Alphabetical list of drugs, medicines and other preparations free from, and containing, spirit compiled from the results of tests made by the customs houses at Calcutta, Bombay, and Madras
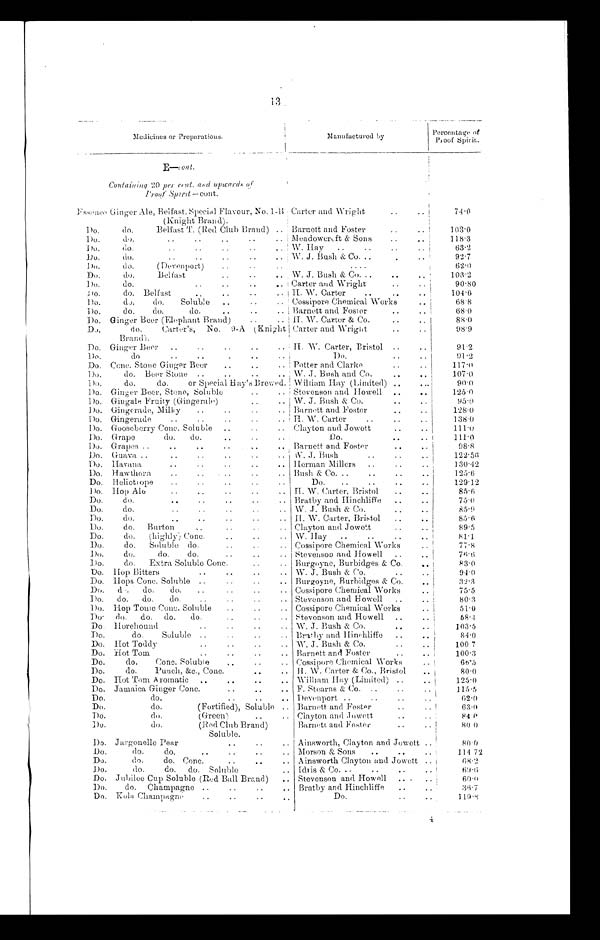
13
Medicines or Preparations.
Manufactured by
Percentage of
Proof Spirit.
E—cont.
Containing 20 per cent. and upwards o
f Proof Spirit— c o n t .
Essence Ginger Ale, Belfast, Special Flavour, No. 1-
B (Knight Brand).
Carter and Wright
..
..
74.0
Do.
do.
Belfast T. (Red Club Brand) .. Barnett and Foster
..
103.0
Do.
do.
..
..
..
..
.. Meadowereft & Sons
..
118.3
Do.
do.
..
..
..
..
.. W. Hay
..
..
..
63.2
Do.
do.
..
..
..
..
.. W. J. Bush & Co. ..
.
..
92.7
Do.
do.
(Devenport)
..
..
....
62.0
Do.
do.
Belfast
..
..
. . W. J. Bush & Co. ..
. . . .
103.2
Do.
do.
..
..
..
. . Carter and Wright
..
90.80
Do.
do. Belfast
..
..
.. H. W. Carter
..
..
104.6
Do.
do.
do.
Soluble
..
. .
. . Cossipore Chemical Works
68.8
Do.
do.
do.
do.
..
..
.. Barnett and Foster
..
68.0
Do. Ginger Beer (Elephant Brand)
.. H. W. Carter & Co.
..
.. I
88.0
Do.
do.
Carter's, No. 9-A (Knight
Brand).
Carter and Wright
..
..
98.9
Do. Ginger Beer
..
..
..
..
.. H. W. Carter, Bristol ..
91.2
Do .
do
..
..
.
..
Do.
..
. .
91.2
Do. C o n c . S t o n e G i n g e r B e e r
. .
. .
. . Potter and Clarke
..
..
1 1 7 . 0
Do.
do. Beer Stone ..
..
..
.. W. J. Bush and Co.
..
107.0
Do.
do.
do.
or Special Hay's Brewed. William Hay (Limited) ..
...
90.0
Do. Ginger Beer, Stone, Soluble
..
.. Stevenson and Howell
..
. .
1 2 5 . 0
Do. Gingale Fruity (Gingerale)
..
.. W. J. Bush & Co.
..
9 5 . 0
Do. Gingerade, Milky
..
..
.. Barnett and Foster
..
..
128.0
Do. Gingerade
..
. .
. .
. . H. W. Carter
..
..
..
138.0
Do. Gooseberry Conc. Soluble
..
..
.. Clayton and Jowett
1 1 1 . 0
Do. Grape
do.
do.
..
..
..
Do.
..
..
111.0
Do. Grapes ..
..
..
..
. .
. . Barnett and Foster
. .
98.8
Do. Guava ..
..
..
..
W. J. Bush
..
..
. .
122.56
Do. Havana
..
..
..
..
.. Herman Millers
..
130.42
Do. Hawthora
..
..
..
.. Bush & Co. ..
..
..
125.6
Do. Heliotrope
..
..
..
..
..
Do.
..
..
..
129.12
Do. Hop Ale
..
..
..
. .
. . H. W. Carter, Bristol
..
..
85.6
Do.
do.
..
..
..
..
.. Bratby and Hinchliffe
..
..
75.0
Do.
do.
..
..
..
.. W. J. Bush & Co.
..
..
85.9
Do.
do.
..
..
..
..
.. H. W. Carter, Bristol
..
..
85.6
Do.
do.
Burton
, .
..
.
.. Clayton and Jowett
..
89.5
Do.
do.
(highly) Conc.
..
..
.. W. Hay
..
..
..
..
81.1
Do.
do.
Soluble do.
..
..
.. Cossipore Chemical Works
77.8
Do.
do.
do.
do.
..
..
.. Stevenson and Howell
..
..
76.6
Do.
do.
Extra Soluble Conc.
. .
. . Burgoyne, Burbidges & Co.
..
83.0
Do. Hop Bitters
. .
. .
. .
. . W. J. Bush & Co.
..
..
94.0
Do. Hops Conc. Soluble ..
. .
. .
. . Burgoyne, Burbidges & Co.
..
3 2 . 3
Do,
do.
do.
do.
.
. . .
. .
. . Cossipore Chemical Works
..
75.5
Do.
do.
do.
do.
..
..
.. Stevenson and Howell
..
..
80.3
Do. Hop Tonic Conc. Soluble
..
..
.. Cossipore Chemical Works
..
51.0
Do.
do.
do. do.
do.
. .
. . Stevenson and Howell
..
..
5 8 . 4
Do. Horehound
..
..
.. W. J. Bush & Co.
..
..
103.5
Do. d o .
S o l u b l e
. .
. .
. . Bratby and Hinchliffe
..
..
84.0
Do. Hot Toddy
..
. .
. .
. . W. J. Bush & Co.
..
100 7
Do. Hot Tom
..
..
..
.. Barnett and Foster
..
..
100.3
Do.
do.
Conc. Soluble
. .
. .
. . Cossipore Chemical Works
..
66.5
Do.
do.
Punch, &c., Conc.
..
.. H. W. Carter & Co., Bristol
..
80.0
Do. Hot Tom Aromatic ..
. .
. .
. . William Hay (Limited) ..
..
125.0
Do. Jamaica Ginger Conc.....
Stearns & Co. ..
..
..
1 1 5 . 5
Do.
do.
..
.. Devenport ..
..
..
..
62.0
Do.
do.
(Fortified), Soluble .. Barnett and Foster
..
..
63.0
Do.
do,
(Green)
..
.. Clayton and Jowett ..
..
8 4 . 0
Do.
do.
(Red Club Brand)
Soluble.
Barnett and Foster
..
..
80.0
Do. Jargonelle Pear..
.
. . . Ainsworth, Clayton and Jowett ..
80.0
Do.
do.
do.
..
. .
. .
. . Morson & Sons
..
. . ..
114.72
Do.
do.
do. Conc.
..
. .
. . Ainsworth Clayton and Jowett ..
68.2
Do.
do.
do.
do. Soluble
.. Idris & Co.
..
.
.
6 9 . 6
Do. Jubilee Cup Soluble (Red Ball Brand)
.. Stevenson and Howell
.. .
..
60.0
Do.
do. Champagne ..
. .
. .
. . Bratby anti Hinchliffe
..
..
36.7
Do. Kola Champagne
..
..
... .
Do.
..
..
1 1 9 . 8
-t